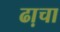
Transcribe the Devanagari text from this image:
ढा़चा